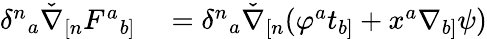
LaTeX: \begin{array}{rl}{\delta^{n}{}_{a}\check{\nabla}_{[n}F^{a}{}_{b]}}&{{}=\delta^{n}{}_{a}\check{\nabla}_{[n}(\varphi^{a}t_{b]}+x^{a}\nabla_{b]}\psi)}\end{array}